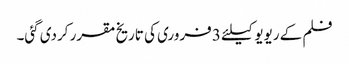
فلم کے ریویو کیلئے 3 فروری کی تاریخ مقرر کردی گئی۔